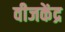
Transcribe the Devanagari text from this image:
वीजकेंद्र